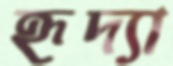
হৃদ্যা